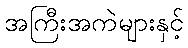
အကြီးအကဲများနှင့်